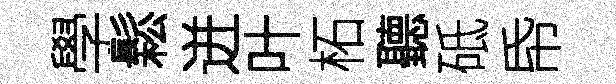
學鬆迸叶柘聽砥帋